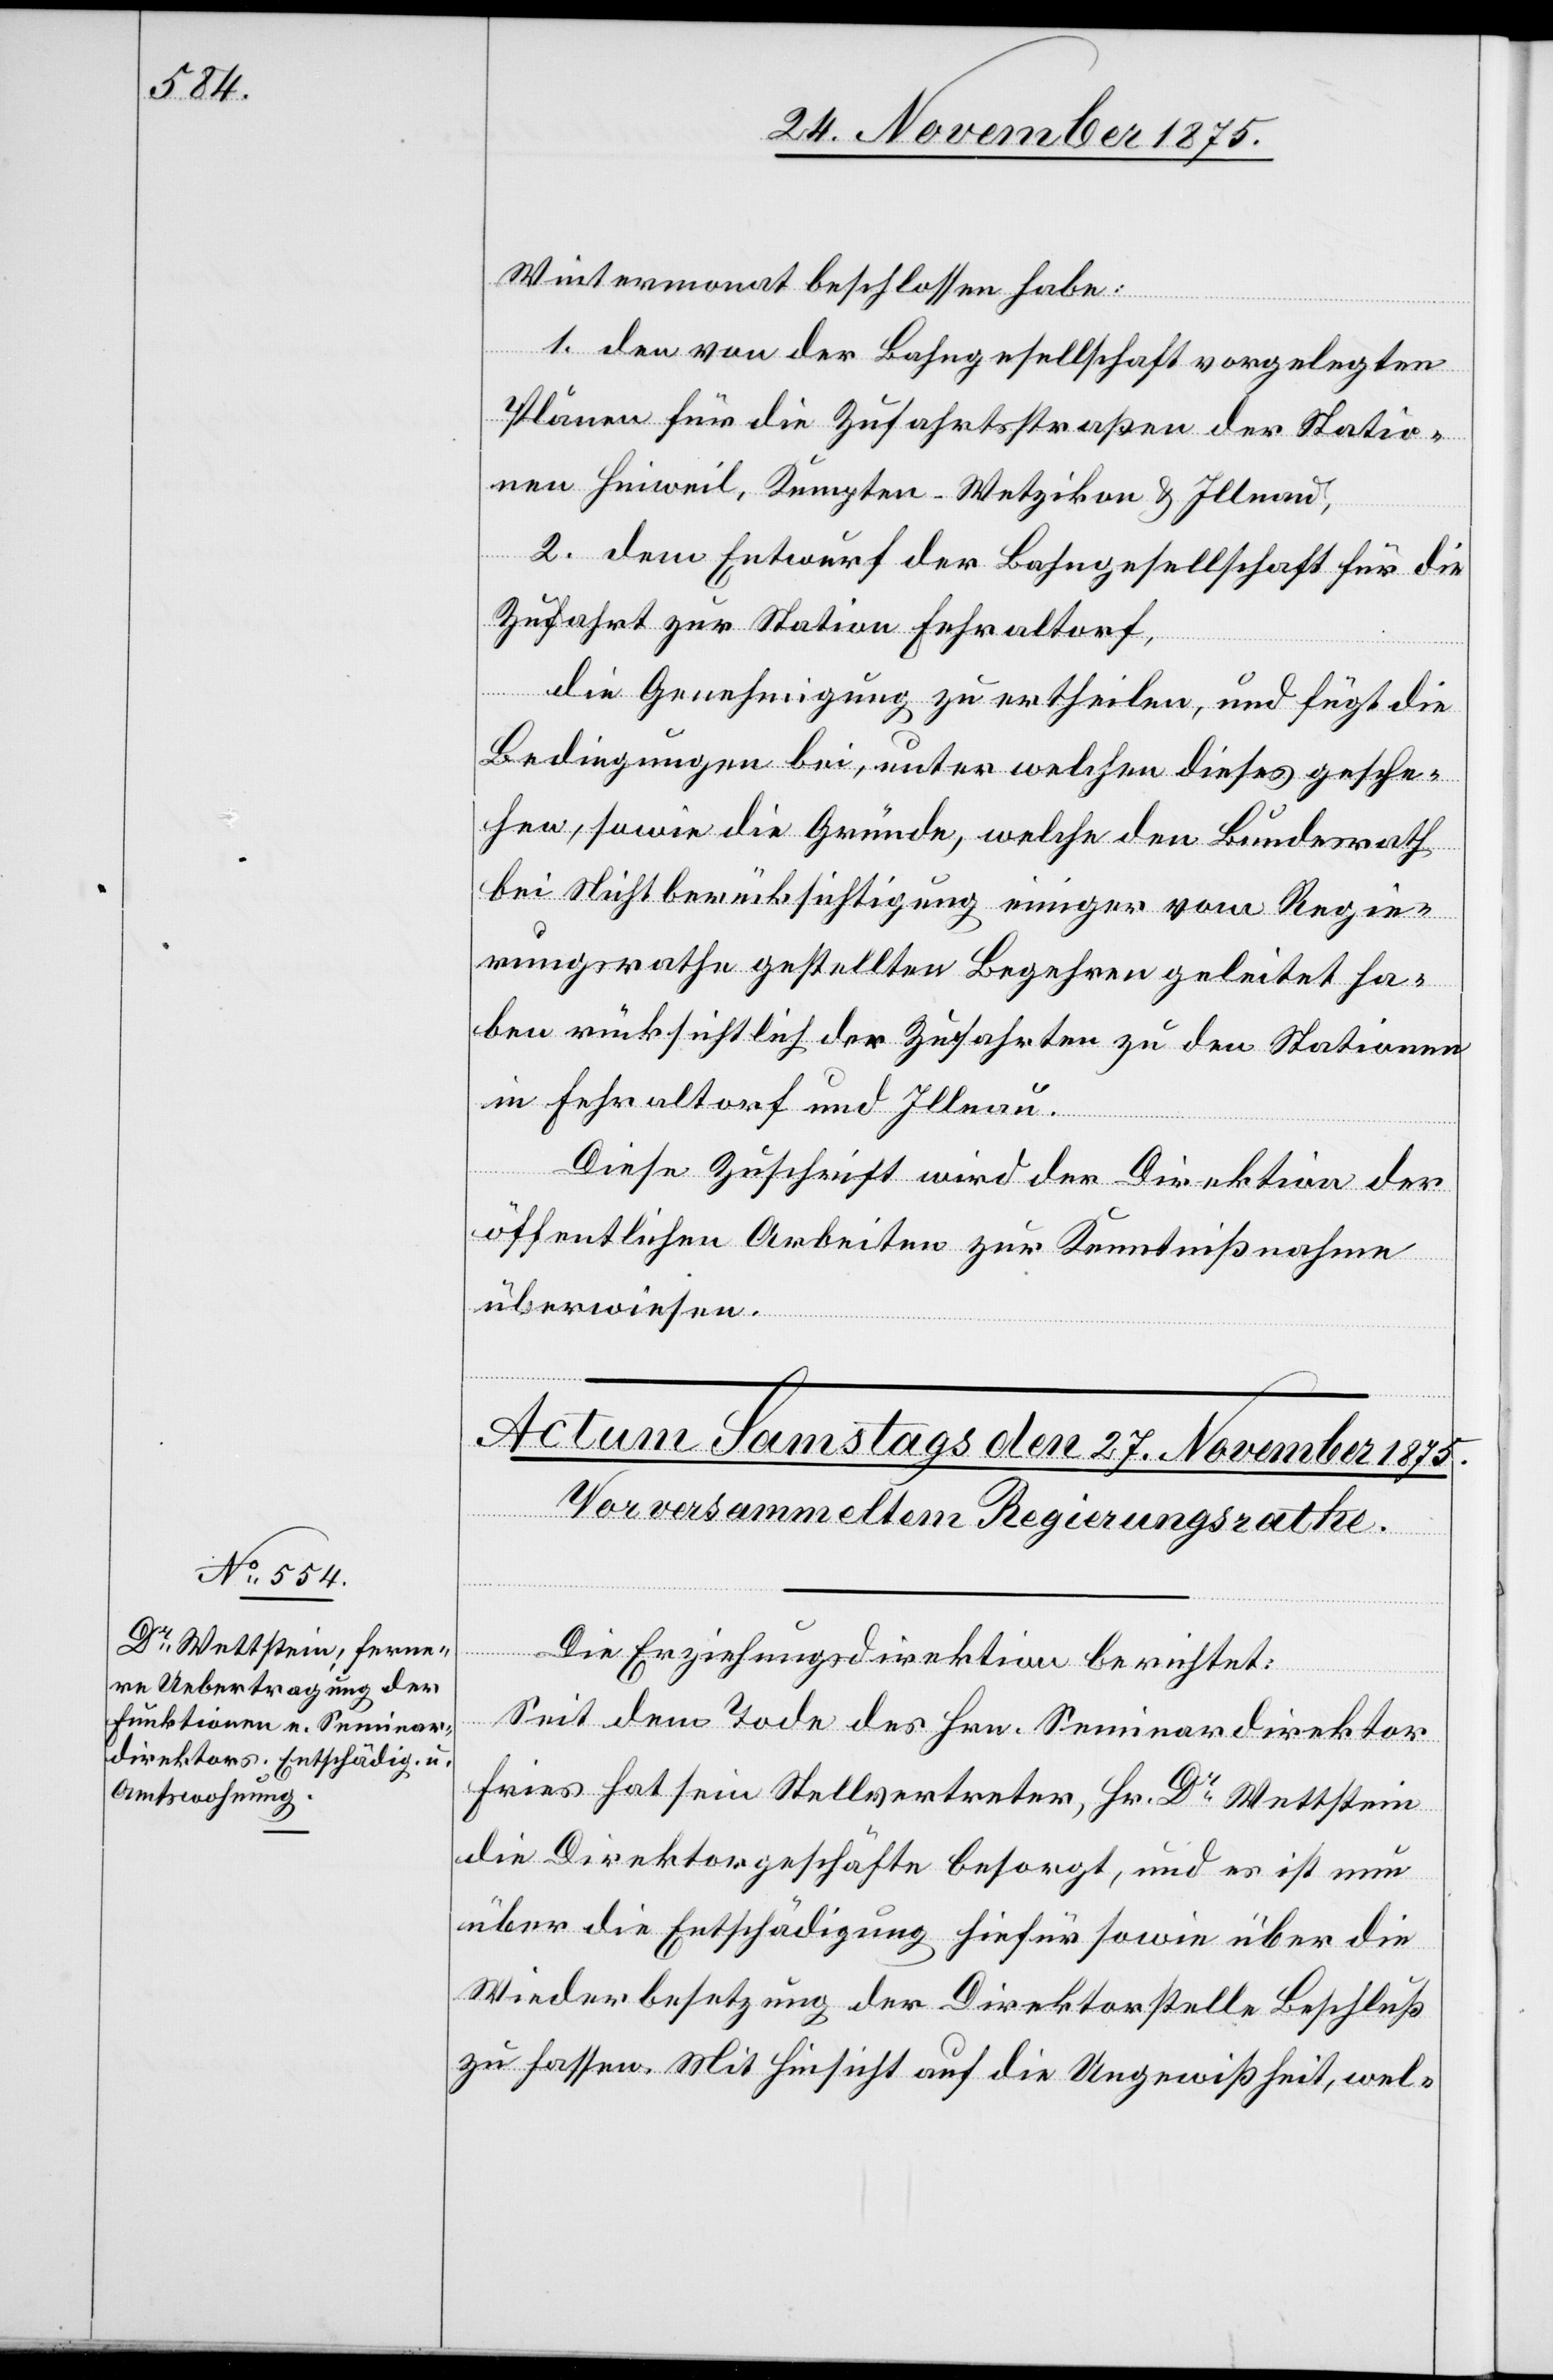
Wintermonat beschlossen habe:
1. den von der Bahngesellschaft vorgelegten
Plänen für die Zufahrtsstraßen der Statio¬
nen Hinweil, Kempten-Wetzikon & Illnau,
2. dem Entwurf der Bahngesellschaft für die
Zufahrt zur Station Fehraltorf,
die Genehmigung zu ertheilen, und fügt die
Bedingungen bei, unter welchen dieses gesche¬
hen, sowie die Gründe, welche den Bundesrath
bei Nichtberücksichtigung einiger vom Regie¬
rungsrathe gestellten Begehren geleitet ha¬
ben rücksichtlich der Zufahrten zu den Stationen
in Fehraltorf und Illnau.
Diese Zuschrift wird der Direktion der
öffentlichen Arbeiten zur Kenntnißnahme
überwiesen.
Die Erziehungsdirektion berichtet:
Seit dem Tode des Hrn. Seminardirektor
Fries hat sein Stellvertreter, Hr. Dr Wettstein
die Direktorgeschäfte besorgt, und es ist nun
über die Entschädigung hiefür sowie über die
Wiederbesetzung der Direktorstelle Beschluß
zu fassen. Mit Hinsicht auf die Ungewißheit, wel-